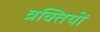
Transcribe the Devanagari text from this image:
व्रक्तियों